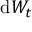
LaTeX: { \mathrm { d } } W _ { t }